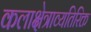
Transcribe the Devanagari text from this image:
कलाक्षेत्राव्यतिरिक्त